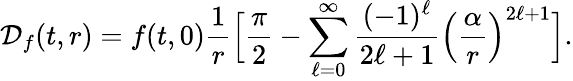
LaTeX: {\cal D}_{f}(t,r)=f(t,0){\frac{1}{r}}\Big[{\frac{\pi}{2}}-\sum_{\ell=0}^{\infty}{\frac{(-1)^{\ell}}{2\ell+1}}\Big({\frac{\alpha}{r}}\Big)^{2\ell+1}\Big].